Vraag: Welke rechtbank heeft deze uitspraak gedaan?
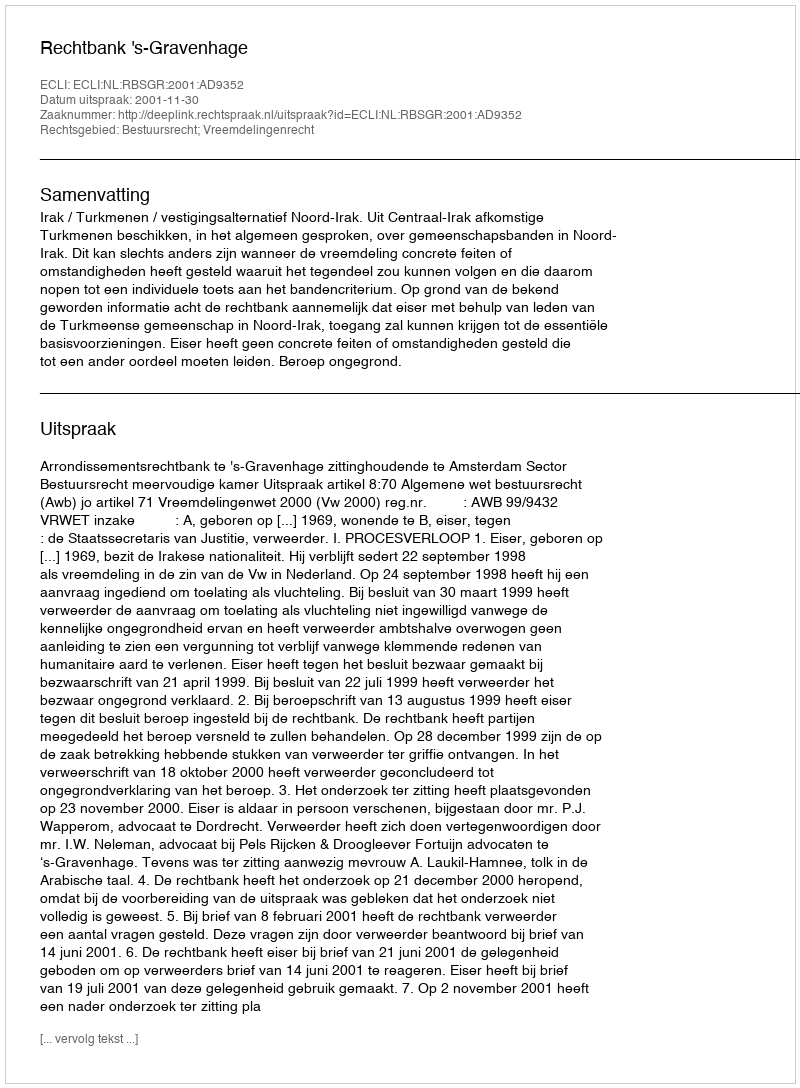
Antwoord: Rechtbank 's-Gravenhage